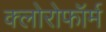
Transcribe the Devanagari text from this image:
क्‍लोरोफॉर्म